Annual administration report of the Civil Veterinary Department of India - 1901-1902
Year: 1901
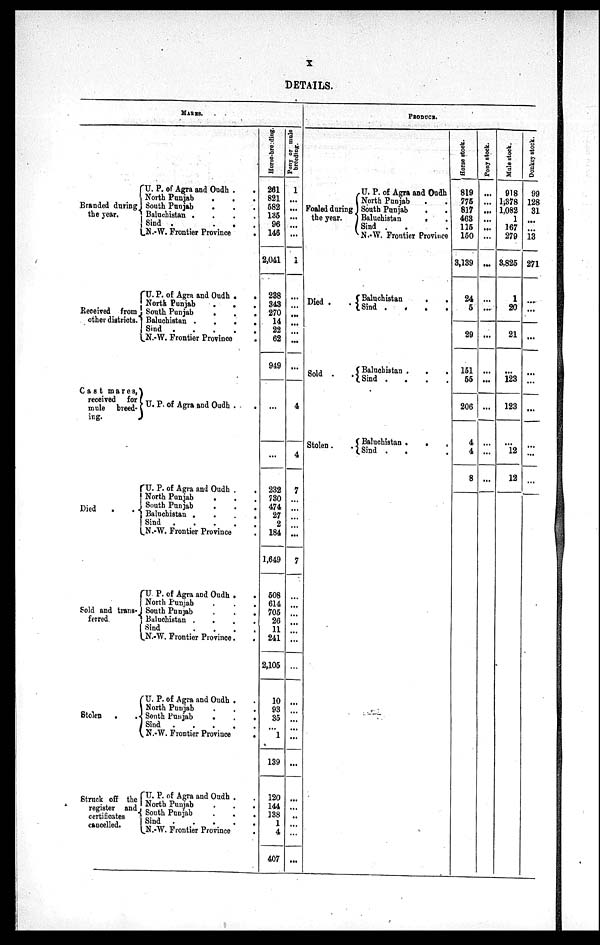
X
DETAILS.
MARES.
Branded during
the year.
Received from
other districts.
Cast mares,
received for
mule breed-
ing.
Died . .
Sold and trans-
ferred
Stolen
.
.
Struck off the
register and
certificates
cancelled.
U. P. of Agra and Oudh .
.
North Punjab
.
.
.
South Punjab
Baluchistan .
.
.
.
Sind .
.
.
.
N.-W. Frontier Province
.
U. P. of Agra and Oudh . .
North Punjab
.
.
South Punjab
.
.
.
Baluchistan .
.
.
.
Sind
.
.
.
.
.
N.-W. Frontier Province
.
U. P. of Agra and Oudh . .
U.P. of Agra and Oudh . .
North Punjab . . .
South Punjab
.
.
.
Baluchistan .
.
.
.
Sind
.
.
.
.
.
N.-W. Frontier Province .
U. P. of Agra and Oudh . .
North Punjab
.
.
.
South Punjab
.
.
.
Baluchistan .
.
.
.
ind
.
.
.
.
N.-W. Frontier Province.
.
U. P. of Agra and Oudh . .
orth Punjab
South Punjab
.
.
.
Sind
.
.
.
.
.
.
N.-W. Frontier Province
.
U.P. of Agra and Ondh. .
North Punjab . . .
South Punjab . . .
Sind . . . .
N.-W. Frontier Province .
Hor s e -
br e e di ng.
261
821
582
135
96
146
2,041
288
343
270
14
22
62
949
...
...
939
730
474
27
2
184
1,649
508
614
705
26
11
241
2,105
10
93
35
...
1
139
120
144
138
1
4
407
Pony or mule
br eedi ng.
1
...
...
...
...
...
1
...
...
...
...
...
...
...
4
4
7
...
...
...
...
...
7
...
...
...
...
...
...
...
...
...
...
...
...
...
...
...
...
...
...
...
PRODUCE.
Foaled during
the year.
Died .
Sold .
Stolen.
U. P. of Agra and Oudh
North Punjab . .
South Punjab . .
Baluchistan
. .
Sind . . .
N.-W. Frontier Province
Baluchistan
.
.
Sind
.
.
.
.
Baluchistan .
.
.
Sind .
.
.
.
Baluchistan .
.
.
Sind . . .
Horse stock.
819
775
817
463
115
150
3,139
24
5
29
151
55
206
4
4
8
Pony stock.
...
...
...
...
...
...
...
...
...
...
...
...
...
...
...
Mule stock.
918
1,378
1,082
1
167
279
3,825
1
20
21
... 123
123
...
12
12
Donkey stock.
99
128
31
...
...
13
271
...
...
...
...
...
...
...
...
...
...
...